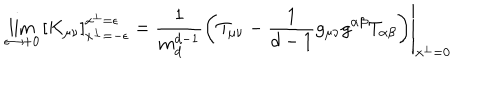
LaTeX: \lim _ { \epsilon \to + 0 } \left[ K _ { \mu \nu } \right] _ { x ^ { \perp } = - \epsilon } ^ { x ^ { \perp } = \epsilon } = \left. \frac { 1 } { m _ { d } ^ { d - 1 } } \left( T _ { \mu \nu } - \frac { 1 } { d - 1 } g _ { \mu \nu } g ^ { \alpha \beta } T _ { \alpha \beta } \right) \right| _ { x ^ { \perp } = 0 }